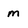
Character: m